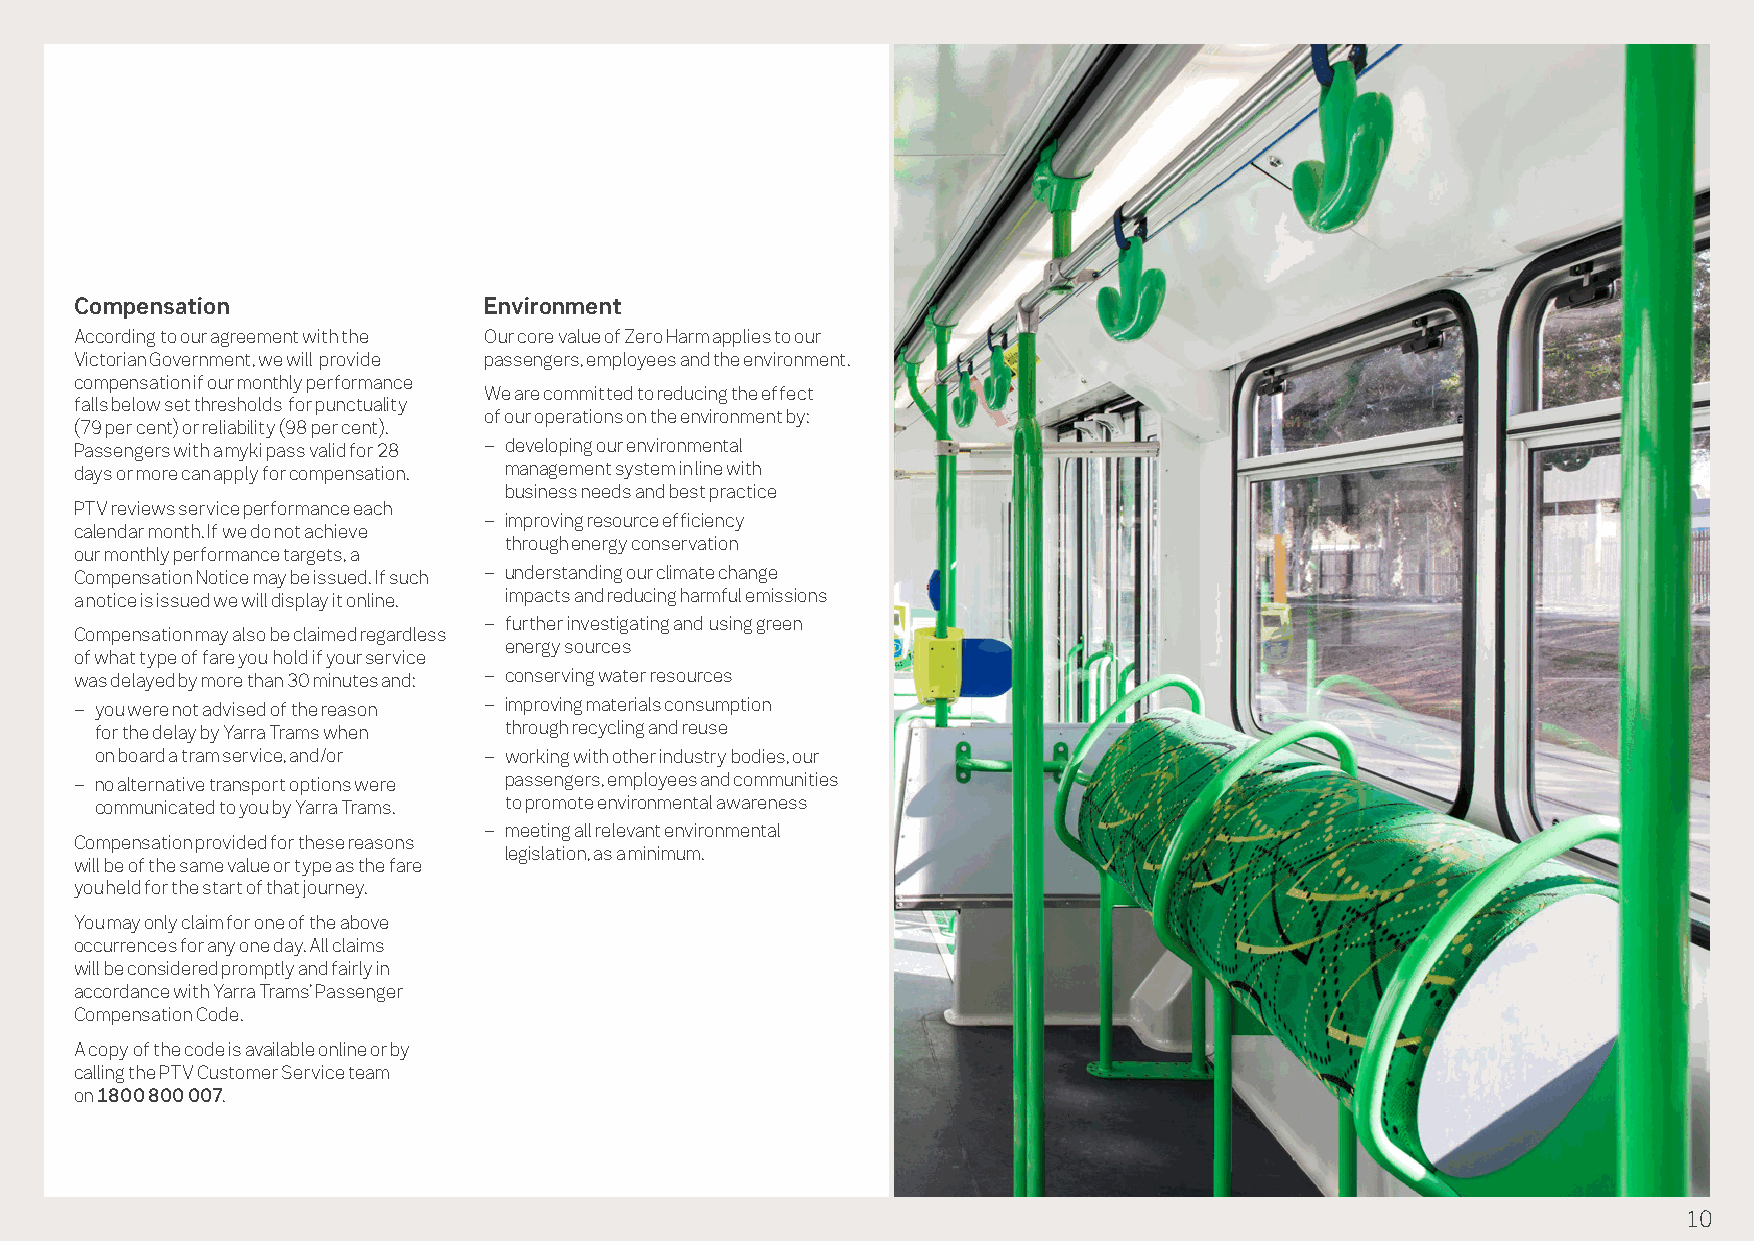
Compensation               Environment
 According to our agreement with the Our core value of Zero Harm applies to our
 Victorian Government, we will provide passengers, employees and the environment.
 compensation if our monthly performance
 We are committed to reducing the effect
 falls below set thresholds for punctuality
 of our operations on the environment by:
 (79 per cent) or reliability (98 per cent).
 Passengers with a myki pass valid for 28 – developing our environmental
 days or more can apply for compensation. management system in line with
 business needs and best practice
 PTV reviews service performance each
 – improving resource efficiency
 calendar month. If we do not achieve
 through energy conservation
 our monthly performance targets, a
 Compensation Notice may be issued. If such – understanding our climate change
 a notice is issued we will display it online. impacts and reducing harmful emissions
 – further investigating and using green
 Compensation may also be claimed regardless
 energy sources
 of what type of fare you hold if your service
 was delayed by more than 30 minutes and: – conserving water resources
 – you were not advised of the reason – improving materials consumption
 for the delay by Yarra Trams when through recycling and reuse
 on board a tram service, and/or – working with other industry bodies, our
 – no alternative transport options were passengers, employees and communities
 communicated to you by Yarra Trams. to promote environmental awareness
 – meeting all relevant environmental
 Compensation provided for these reasons
 legislation, as a minimum.
 will be of the same value or type as the fare
 you held for the start of that journey.
 You may only claim for one of the above
 occurrences for any one day. All claims
 will be considered promptly and fairly in
 accordance with Yarra Trams’ Passenger
 Compensation Code.
 A copy of the code is available online or by
 calling the PTV Customer Service team
 on 1800 800 007.
 10